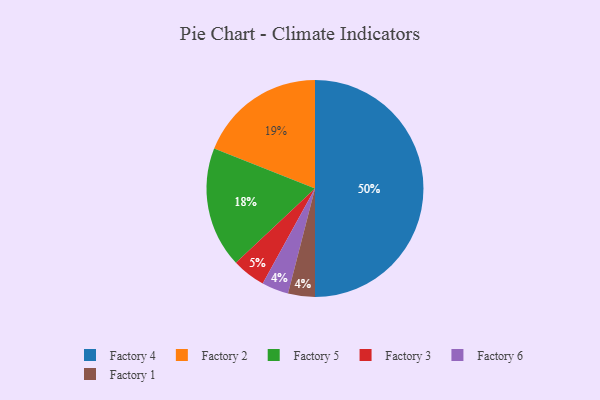
{"axis": {"x": "Category", "y": "Percentage"}, "legend": ["Factory 1", "Factory 2", "Factory 3", "Factory 4", "Factory 5", "Factory 6"], "data": [{"x": "Factory 2", "y": 19, "type": "Factory 2"}, {"x": "Factory 4", "y": 50, "type": "Factory 4"}, {"x": "Factory 6", "y": 4, "type": "Factory 6"}, {"x": "Factory 5", "y": 18, "type": "Factory 5"}, {"x": "Factory 3", "y": 5, "type": "Factory 3"}, {"x": "Factory 1", "y": 4, "type": "Factory 1"}]}